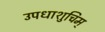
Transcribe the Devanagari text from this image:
उपधाशुचिम्